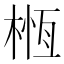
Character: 㮓